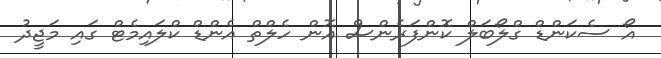
އޯ ސެކަންޑް ގްލޯބަލް ކޮންފަރެންސް އޮން ހެލްތް އެންޑް ކްލައިމެޓް ގައި މަޖީދު